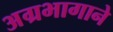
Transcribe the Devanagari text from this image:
अग्रभागाने